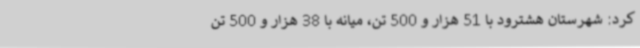
کرد: شهرستان هشترود با 51 هزار و 500 تن، میانه با 38 هزار و 500 تن